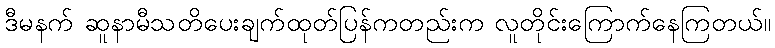
ဒီမနက် ဆူနာမီသတိပေးချက်ထုတ်ပြန်ကတည်းက လူတိုင်းကြောက်နေကြတယ်။